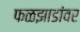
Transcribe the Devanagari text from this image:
फळझाडांवर